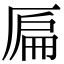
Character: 𠪂